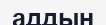
аддын